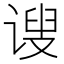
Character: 𫍲